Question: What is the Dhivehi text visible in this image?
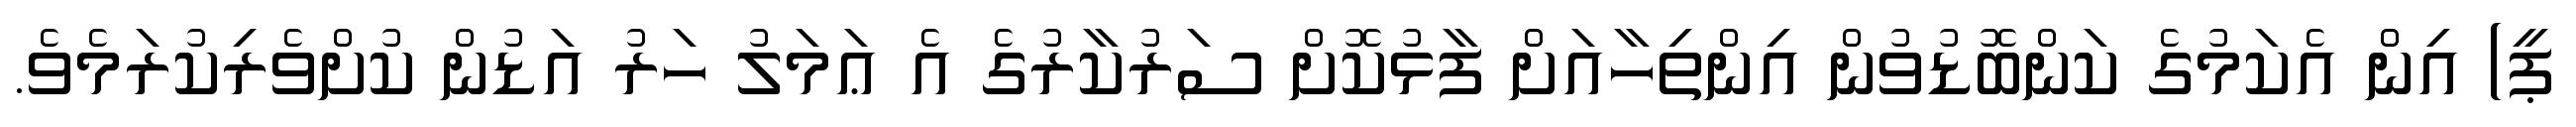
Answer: ޕީ) އިން އެކަމުގެ ކަންބޮޑުވުން އިންތިހާއަށް ފާޅުކޮށް ސަރުކާރުގެ އެ ޢަމަލު ހަރު އަޑުން ކުށްވެރިކުރަމެވެ.